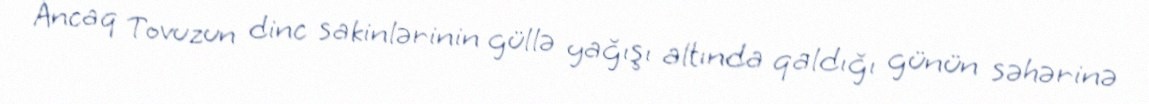
Ancaq Tovuzun dinc sakinlərinin güllə yağışı altında qaldığı günün səhərinə